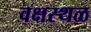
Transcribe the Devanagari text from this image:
वक्षस्थळ